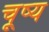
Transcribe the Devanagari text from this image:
चूष्य